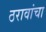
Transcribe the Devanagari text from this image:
ठरावांचा